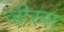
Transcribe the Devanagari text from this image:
जीस्स